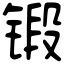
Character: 锻